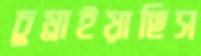
চুম্‌রাইয়াছিস